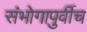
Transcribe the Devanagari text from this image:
संभोगापुर्वीच